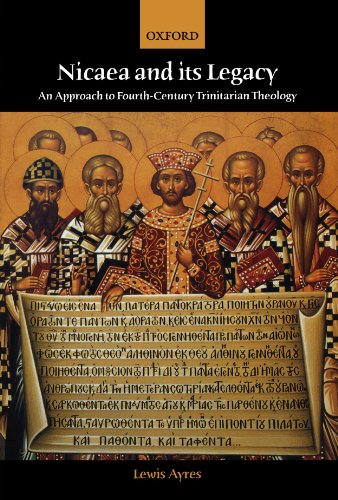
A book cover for Nicaea and Its Legacy: An Approach to Fourth-Century Trinitarian Theology; Lewis Ayres; Christian Books & Bibles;